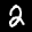
Label: 2